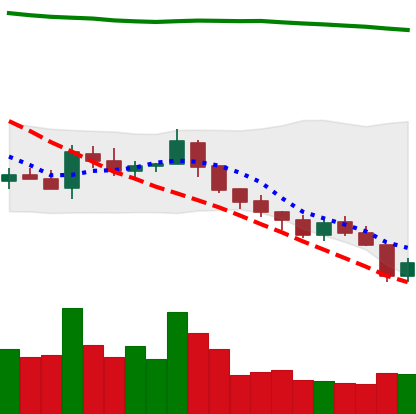
Ticker: TRX-USD
Chart end date: 2018-08-09
Forward return: -26.529%
Label: down_7plus